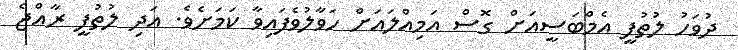
ދުވަހު ލުތުފީ އެމްބަސީއަށް ގޮސް އަމިއްލައަށް ހަވާލުވެފައިވާ ކަމަށެވެ. އަދި ލުތުފީ ރާއްޖެ